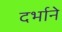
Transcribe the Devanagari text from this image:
दर्भाने